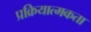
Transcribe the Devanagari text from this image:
प्रक्रियात्मकता